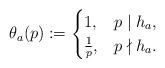
LaTeX: \begin{align*}\theta_a(p):=\begin{cases}1,& p\mid h_a,\\ \frac{1}{p},& p\nmid h_a.\\ \end{cases}\end{align*}